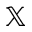
\mathbb { X }